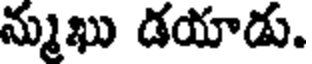
న్ముఖు డయాడు.